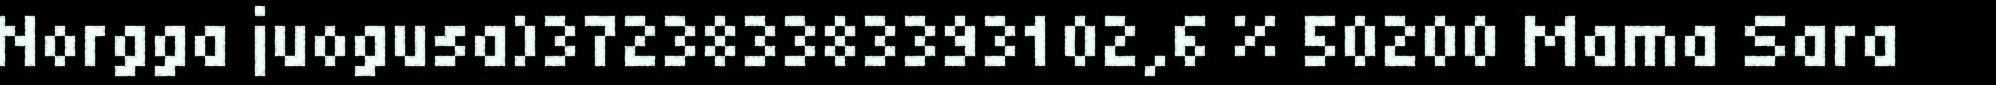
Norgga juogusa)372383383393102,6 % 50200 Mama Sara